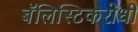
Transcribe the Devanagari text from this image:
बॅलिस्टिकरोधी